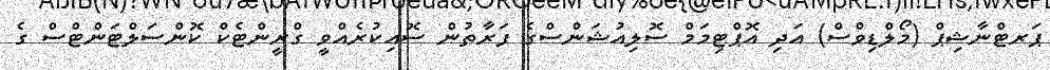
ޕަރޓްނާޝިޕް (މޯލްޑިވްސް) އަދި އޮޕްޓިމަމް ސޮލިއުޝަންސްގެ ފަރާތުން ސޮއިކުރެއްވީ ގްރީންޓެކް ކޮންސަލްޓަންޓްސް ގެ